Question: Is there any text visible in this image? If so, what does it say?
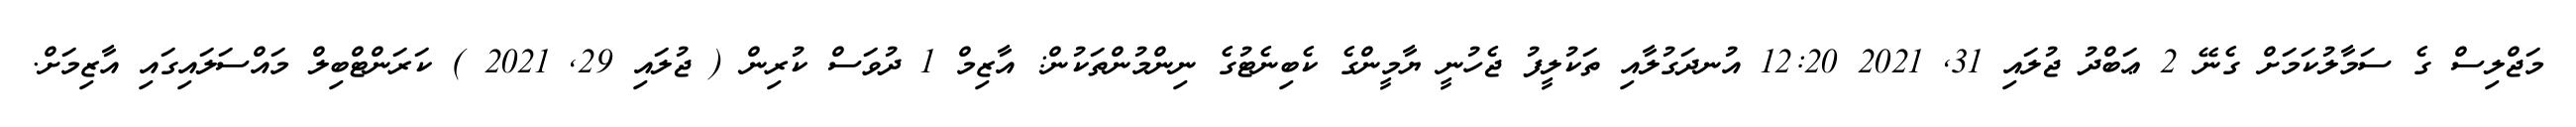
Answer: މަޖްލިސް ގެ ސަމާލުކަމަށް ގެނޭ 2 ޢަބްދު ޖުލައި 31, 2021 12:20 އުނދަގުލާއި ތަކުލީފު ޖެހުނީ ޔާމީންގެ ކެބިނެޓުގެ ނިންމުންތަކުން: އާޒިމް 1 ދުވަސް ކުރިން ( ޖުލައި 29, 2021 ) ކަރަންޓްބިލް މައްސަލައިގައި އާޒިމަށް.